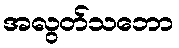
အလွတ်သဘော